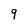
Character: 9